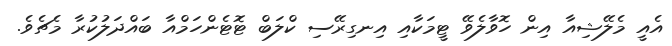
އެއީ މެލޭޝިއާ އިން ހޮވާލެވޭ ޓީމަކާއި އިނގިރޭސި ކްލަބް ޓޮޓެންހަމްއާ ބައްދަލުކުރާ މެޗެވެ.